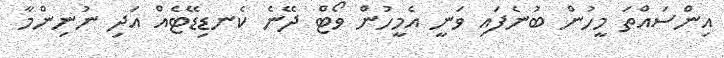
އިންސައްތަ މީހުން ބުނެފައި ވަނީ އެމީހުން ވޯޓް ދޭނެ ކެނޑިޑޭޓެއް އަދި ނުނިންމާ